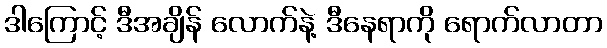
ဒါကြောင့် ဒီအချိန် လောက်နဲ့ ဒီနေရာကို ရောက်လာတာ